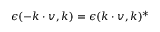
{ \epsilon ( - \boldsymbol { k \cdot v } , \boldsymbol { k } ) = \epsilon ( \boldsymbol { k \cdot v } , \boldsymbol { k } ) ^ { * } }